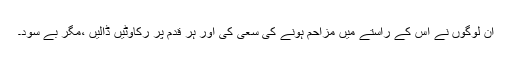
ان لوگوں نے اس کے راستے میں مزاحم ہونے کی سعی کی اور ہر قدم پر رکاوٹیں ڈالیں ،مگر بے سود۔